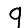
Digit: 9